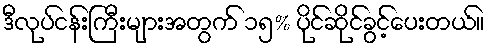
ဒီလုပ်ငန်းကြီးများအတွက် ၁၅% ပိုင်ဆိုင်ခွင့်ပေးတယ်။